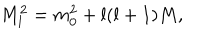
LaTeX: M _ { l } ^ { 2 } = m _ { 0 } ^ { 2 } + l ( l + 1 ) M ,